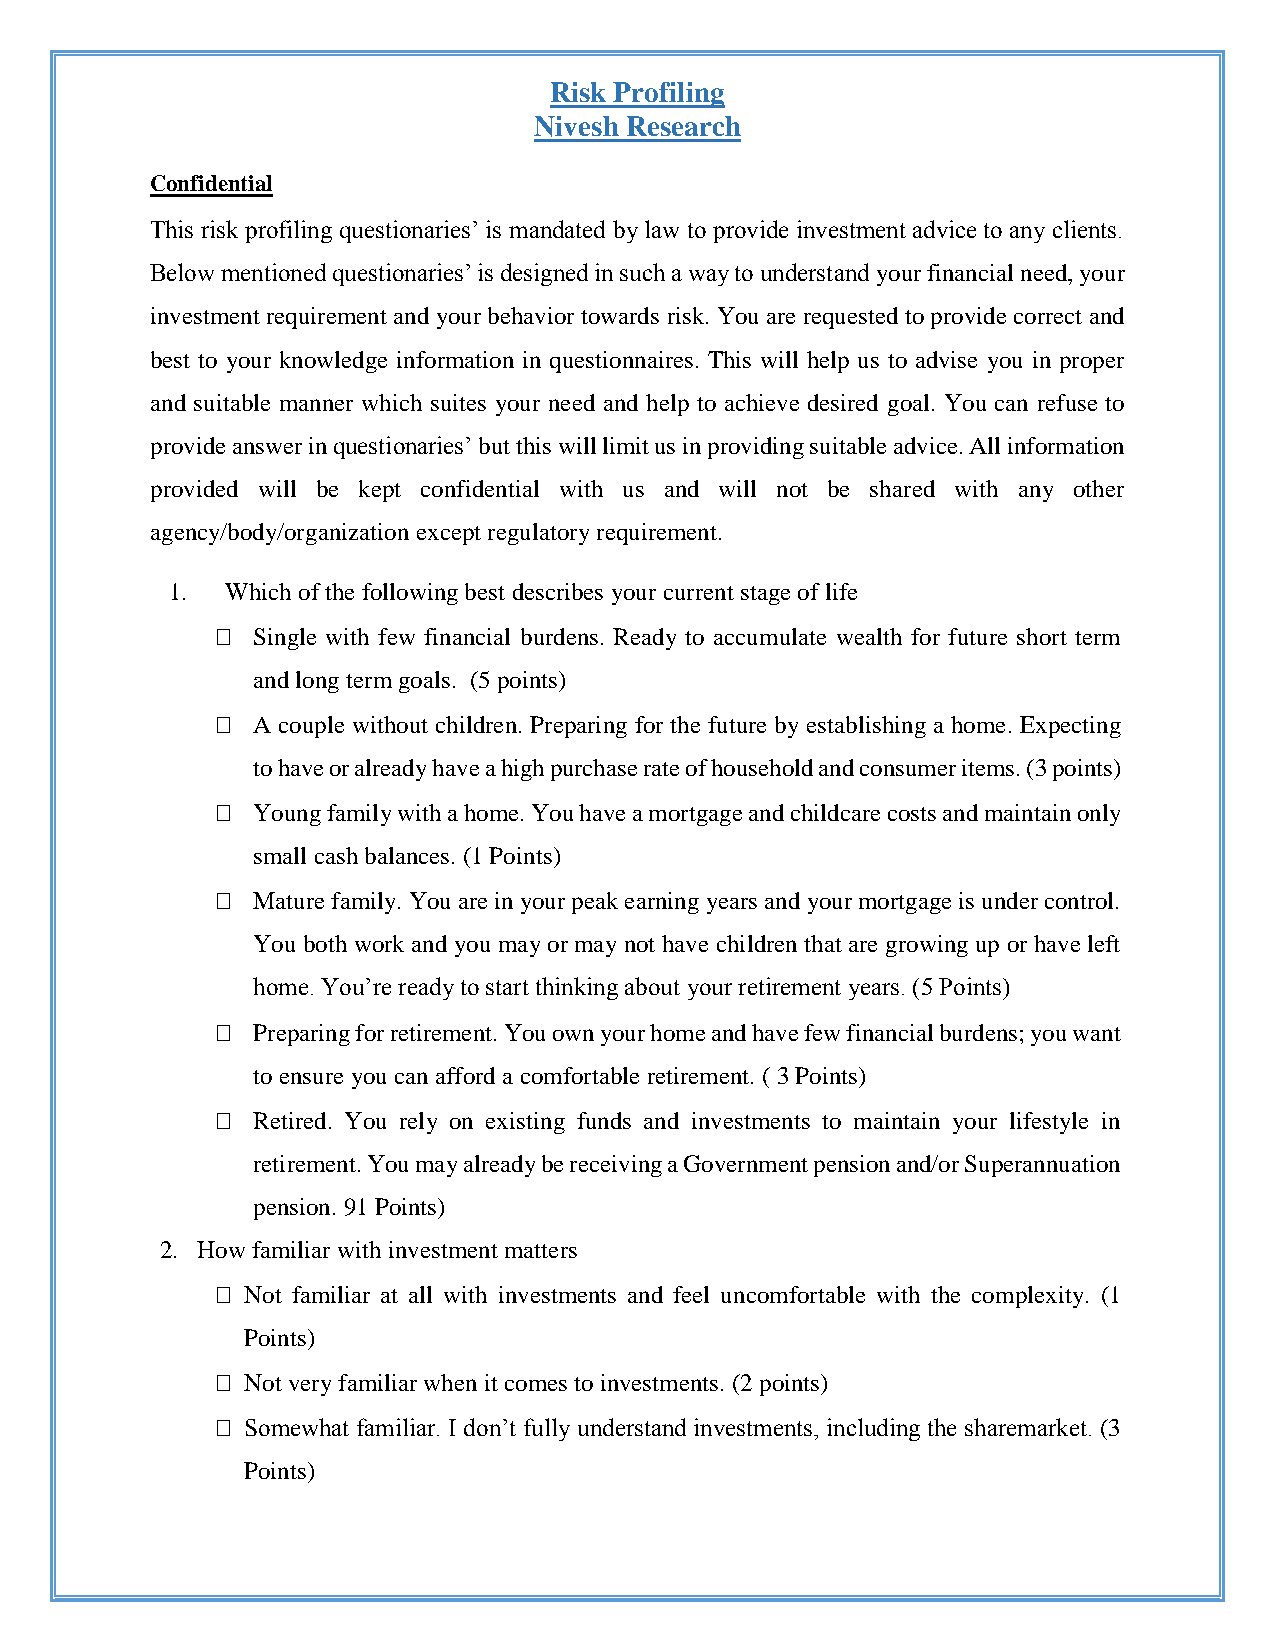
Risk Profiling
 Nivesh Research
 Confidential
 This risk profiling questionaries’ is mandated by law to provide investment advice to any clients.
 Below mentioned questionaries’ is designed in such a way to understand your financial need, your
 investment requirement and your behavior towards risk. You are requested to provide correct and
 best to your knowledge information in questionnaires. This will help us to advise you in proper
 and suitable manner which suites your need and help to achieve desired goal. You can refuse to
 provide answer in questionaries’ but this will limit us in providing suitable advice. All information
 provided will be kept confidential with us and will not be shared with any other
 agency/body/organization except regulatory requirement.
 1.  Which of the following best describes your current stage of life
   Single with few financial burdens. Ready to accumulate wealth for future short term
 and long term goals. (5 points)
   A couple without children. Preparing for the future by establishing a home. Expecting
 to have or already have a high purchase rate of household and consumer items. (3 points)
   Young family with a home. You have a mortgage and childcare costs and maintain only
 small cash balances. (1 Points)
   Mature family. You are in your peak earning years and your mortgage is under control.
 You both work and you may or may not have children that are growing up or have left
 home. You’re ready to start thinking about your retirement years. (5 Points)
   Preparing for retirement. You own your home and have few financial burdens; you want
 to ensure you can afford a comfortable retirement. ( 3 Points)
   Retired. You rely on existing funds and investments to maintain your lifestyle in
 retirement. You may already be receiving a Government pension and/or Superannuation
 pension. 91 Points)
 2. How familiar with investment matters
  Not familiar at all with investments and feel uncomfortable with the complexity. (1
 Points)
  Not very familiar when it comes to investments. (2 points)
  Somewhat familiar. I don’t fully understand investments, including the sharemarket. (3
 Points)